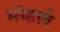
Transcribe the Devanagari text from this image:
मॅकले